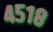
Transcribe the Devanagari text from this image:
४५१८